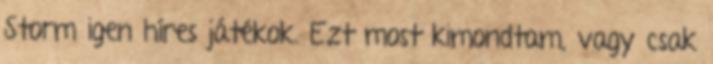
Storm igen híres játékok. Ezt most kimondtam, vagy csak